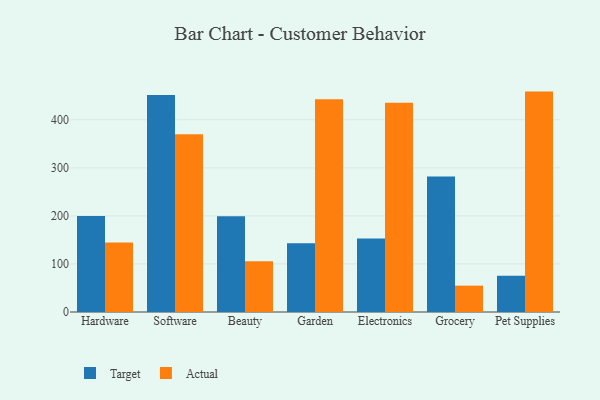
{"axis": {"x": "Category", "y": "Demand Index"}, "legend": ["Actual", "Target"], "data": [{"x": "Hardware", "y": 199.8, "type": "Target"}, {"x": "Hardware", "y": 144.4, "type": "Actual"}, {"x": "Software", "y": 451.4, "type": "Target"}, {"x": "Software", "y": 369.7, "type": "Actual"}, {"x": "Beauty", "y": 199.0, "type": "Target"}, {"x": "Beauty", "y": 105.5, "type": "Actual"}, {"x": "Garden", "y": 143.2, "type": "Target"}, {"x": "Garden", "y": 442.5, "type": "Actual"}, {"x": "Electronics", "y": 152.9, "type": "Target"}, {"x": "Electronics", "y": 435.2, "type": "Actual"}, {"x": "Grocery", "y": 281.9, "type": "Target"}, {"x": "Grocery", "y": 54.9, "type": "Actual"}, {"x": "Pet Supplies", "y": 75.6, "type": "Target"}, {"x": "Pet Supplies", "y": 458.6, "type": "Actual"}]}